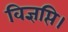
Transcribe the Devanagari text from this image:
विज्ञप्ति।